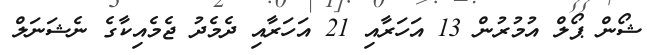
ޝޯން ޕޯލް އުމުރުން 13 އަހަރާއި 21 އަހަރާއި ދެމެދު ޖެމެއިކާގެ ނެޝަނަލް